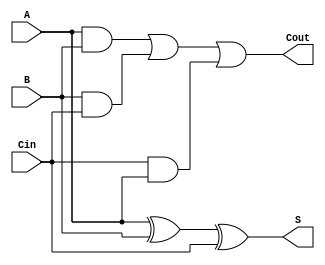
module full_adder(A, B, Cin, Cout, S);
  input A, B, Cin;
  output Cout, S;
  wire c1, c2, c3;
  xor x1(S, A, B, Cin);
  and a1(c1, A, B);
  and a2(c2, B, Cin);
  and a3(c3, Cin, A);
  or p(Cout, c1, c2, c3);
endmodule